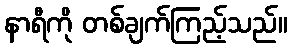
နာရီကို တစ်ချက်ကြည့်သည်။